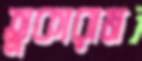
তুকারাম